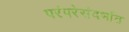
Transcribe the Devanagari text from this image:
परंपरेसंदर्भात